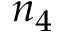
n _ { 4 }